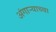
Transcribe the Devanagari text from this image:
अंगार्‍याच्या